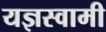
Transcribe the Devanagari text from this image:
यज्ञस्वामी